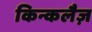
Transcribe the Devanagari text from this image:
किन्कलैज़